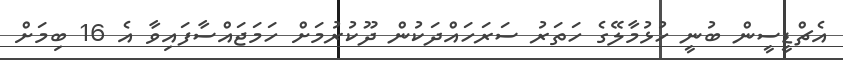
އެޗްޑީސީން ބުނީ ހުޅުމާލޭގެ ހަތަރު ސަރަހައްދަކުން ދޫކުރުމަށް ހަމަޖައްސާފައިވާ އެ 16 ބިމަށް